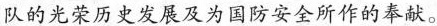
队的光荣历史发展及为国防安全所作的奉献。